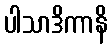
ပါသာဒိကာနိ